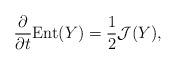
LaTeX: \begin{align*}\frac{\partial}{\partial t}\mathrm{Ent}(Y)=\frac{1}{2}\mathcal{J}(Y),\end{align*}